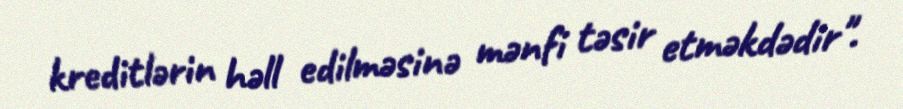
kreditlərin həll edilməsinə mənfi təsir etməkdədir".